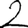
Digit: 2